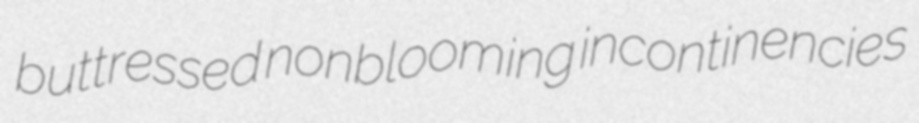
buttressed nonblooming incontinencies